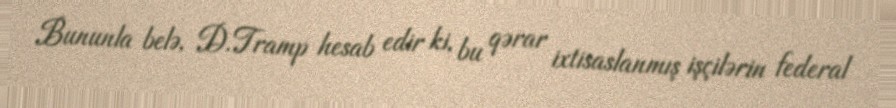
Bununla belə, D.Tramp hesab edir ki, bu qərar ixtisaslanmış işçilərin federal